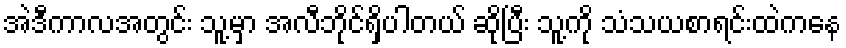
အဲဒီကာလအတွင်း သူ့မှာ အလီဘိုင်ရှိပါတယ် ဆိုပြီး သူ့ကို သံသယစာရင်းထဲကနေ